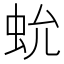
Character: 𧉃